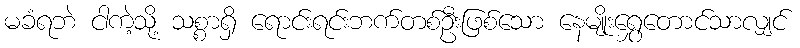
မခံရဘဲ ငါကဲ့သို့ သစ္စာရှိ ရောင်းရင်းဘက်တစ်ဦးဖြစ်သော နေမျိုးရွှေတောင်သာလျှင်